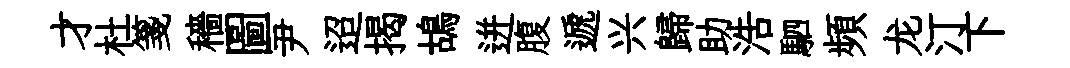
才杜箋穡圖尹迢揭鴣迸腹遞兴歸助浩駟頻龙汀下